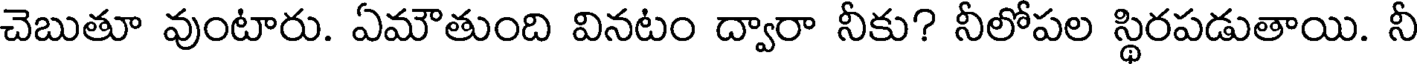
చెబుతూ వుంటారు. ఏమౌతుంది వినటం ద్వారా నీకు? నీలోపల స్థిరపడుతాయి. నీ